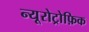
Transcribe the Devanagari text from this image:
न्यूरोट्रोफ़िक